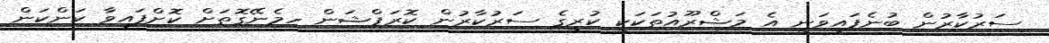
ސަރުކާރުން ބުނެފައިވަނީ އެ މަޝްރޫއުތަކަކީ ކުރީގެ ސަރުކާރުން ކޮރަޕްޝަން ހިމެނޭގޮތަށް ކޮށްފައިވާ ކަންކަން